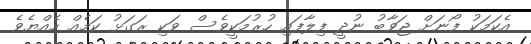
އެކަމަކު ފޯނަށް ޖަވާބު ނުދީ ފިލާފައި ހުރުމަކީވެސް ވަކި ރަގަޅު ކަމެއް ހެއްޔެވެ